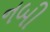
નબી